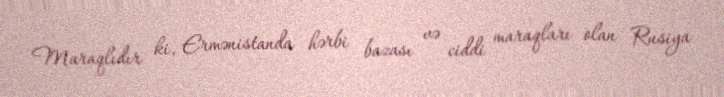
Maraqlıdır ki, Ermənistanda hərbi bazası və ciddi maraqları olan Rusiya